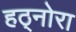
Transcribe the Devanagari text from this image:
हठ्नोरा